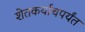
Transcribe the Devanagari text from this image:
शेतकर्याचपर्यंत